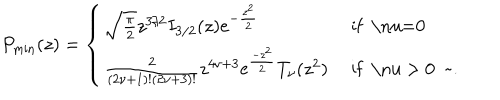
P _ { \mathrm { m i n } } ( z ) = \left\{ \left\{ \begin{cases} { { \sqrt { \frac { \pi } { 2 } } z ^ { 3 / 2 } I _ { 3 / 2 } ( z ) e ^ { - { \frac { z ^ { 2 } } { 2 } } } } } & { { i f \nu = 0 } } \\ { { { \frac { 2 } { ( 2 \nu + 1 ) ! ( 2 \nu + 3 ) ! } } z ^ { 4 \nu + 3 } \mathrm { e } ^ { \frac { - z ^ { 2 } } { 2 } } T _ { \nu } ( z ^ { 2 } ) } } & { { i f \nu > 0 ~ . } } \\ \end{cases} \right. \right.